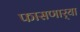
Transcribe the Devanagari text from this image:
फासणार्‍या